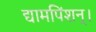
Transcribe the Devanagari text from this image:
द्यामपिंशन्।